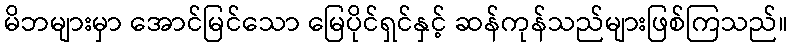
မိဘများမှာ အောင်မြင်သော မြေပိုင်ရှင်နှင့် ဆန်ကုန်သည်များဖြစ်ကြသည်။